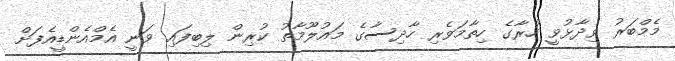
މެމްބަރު ވިދާޅުވީ ހުރާގެ ހިތާމަވެރި ހާދިސާގެ މައުލޫމާތު ކުރިން ލިބިފައި ވަނީ އެމްއެންޑީއެފަށް